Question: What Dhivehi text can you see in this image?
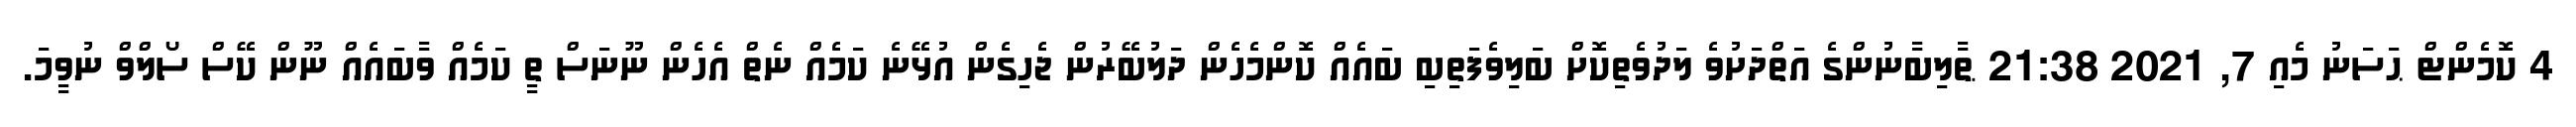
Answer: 4 ކޮމެންޓް ޙަސަނު މެއި 7, 2021 21:38 ޠާލިބާނުންގެ އަތްދަށުވެ ލަދުވެތިކޮށް ބަލިވެފަތިބި ބައެއް ކޮންމެހެން ދަލުބޭރުން ޖެހިގެން އުޅޭނެ ކަމެއް ނެތް އެހެން ނޫނަސް ތީ ކަމެއް ވާބައެއް ނޫން ކޭސް ސޯލްވް ނުވީމަ.